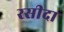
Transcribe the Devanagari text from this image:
रसीदा